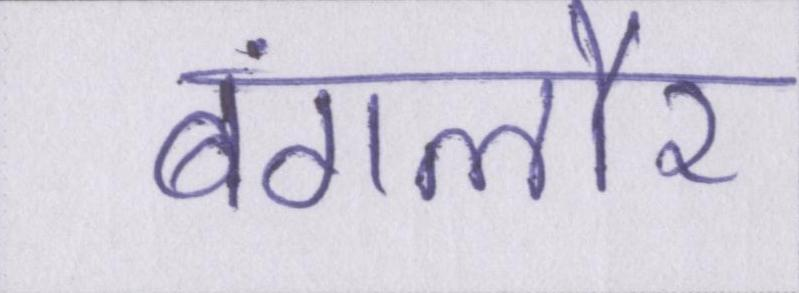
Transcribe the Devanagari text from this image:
बंगलौर